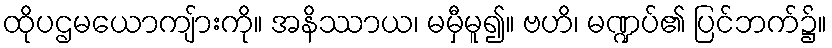
ထိုပဌမယောကျ်ားကို။ အနိဿာယ၊ မမှီမူ၍။ ဗဟိ၊ မဏ္ဍပ်၏ ပြင်ဘက်၌။